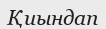
Қиындап